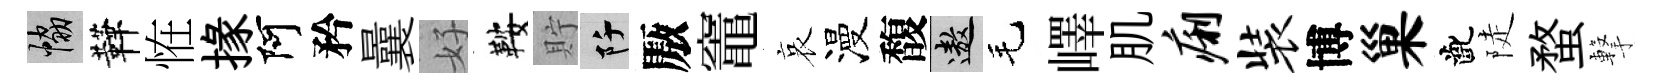
協鞾恠掾阿矜曩好鞍貯阡厫竈哀漫馥遨毛嶧肌痢装博巢齔陡蝥撃